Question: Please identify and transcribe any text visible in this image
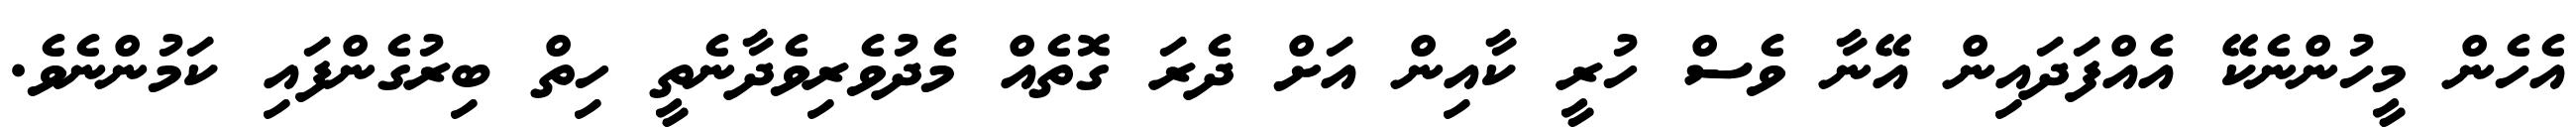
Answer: އެހެން މީހުންނެކޭ އެއްފަދައިން އޭނާ ވެސް ހުރީ ކާއިން އަށް ދެރަ ގޮތެއް މެދުވެރިވެދާނެތީ ހިތް ބިރުގެންފައި ކަމުންނެވެ.